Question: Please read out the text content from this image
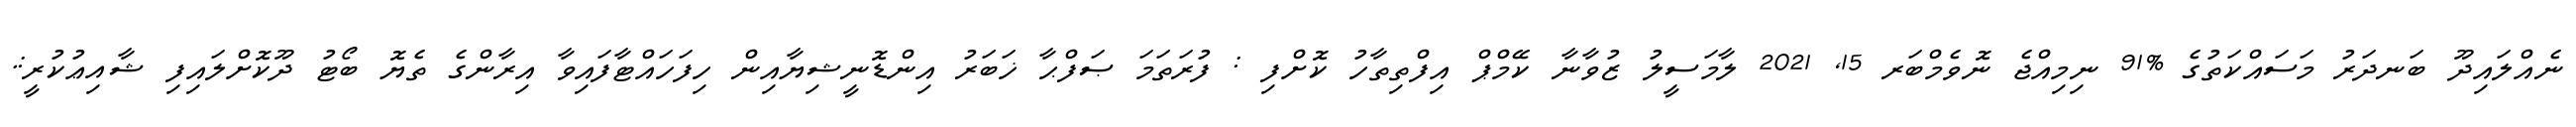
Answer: ނެއްލައިދޫ ބަނދަރު މަސައްކަތުގެ %91 ނިމިއްޖެ ނޮވެމްބަރ 15, 2021 ލާމަސީލު ޒުވާނާ ކޭމްޕް އިފްތިތާހު ކޮށްފި : ފުރަތަމަ ޞަފްޙާ ޚަބަރު އިންޑޮނީޝިޔާއިން ހިފަހައްޓާފައިވާ އިރާންގެ ތެޔޮ ބޯޓު ދޫކޮށްލައިފި ޝާއިޢުކުރީ:.